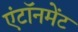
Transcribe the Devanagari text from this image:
एंटॉनमेंट